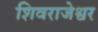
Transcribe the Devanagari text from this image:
शिवराजेश्वर